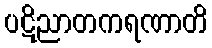
ပဋိညာတကရဏာတိ